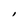
Character: I